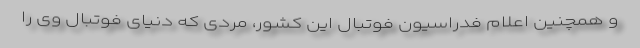
و همچنین اعلام فدراسیون فوتبال این کشور، مردی که دنیای فوتبال وی را